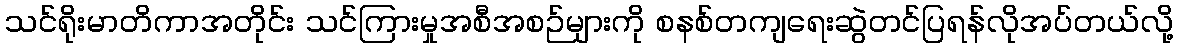
သင်ရိုးမာတိကာအတိုင်း သင်ကြားမှုအစီအစဉ်များကို စနစ်တကျရေးဆွဲတင်ပြရန်လိုအပ်တယ်လို့